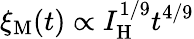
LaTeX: \xi_{\mathrm{M}}(t)\propto I_{\mathrm{H}}^{1/9}t^{4/9}